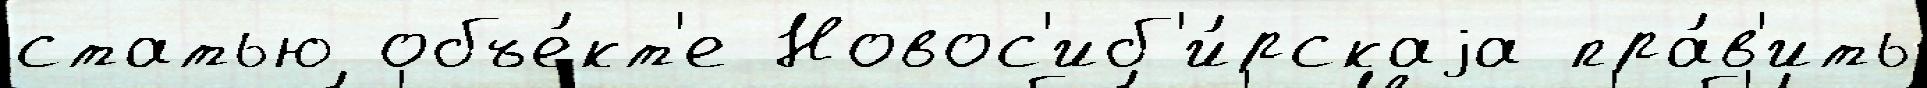
статью объе́кт'е Новос'иб'и́рскаjа пра́в'ить